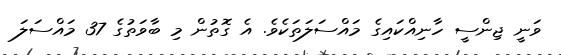
ވަނީ ޖިންސީ ހާނިއްކައިގެ މައްސަލަތަކެވެ. އެ ގޮތުން މި ބާވަތުގެ 37 މައްސަލަ